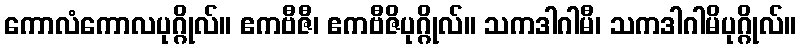
ကောလံကောလပုဂ္ဂိုလ်။ ဧကဗီဇီ၊ ဧကဗီဇိပုဂ္ဂိုလ်။ သကဒါဂါမီ၊ သကဒါဂါမိပုဂ္ဂိုလ်။